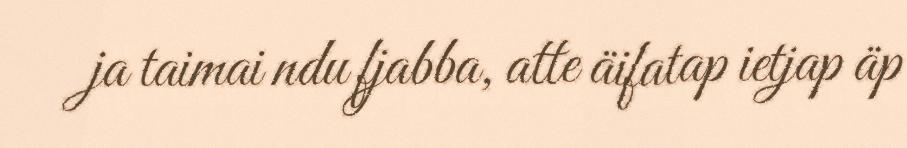
ja taimai ndu fjabba, atte äifatap ietjap äp